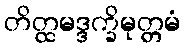
တိတ္ထမဒ္ဒက္ခိမုတ္တမံ